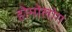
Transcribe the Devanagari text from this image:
होमोलोग